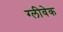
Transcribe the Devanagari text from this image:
ग्लीवेक